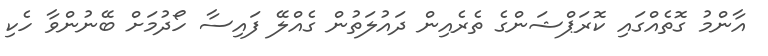
އާންމު ގޮތެއްގައި ކޮރަޕްޝަންގެ ތެރެއިން ދައުލަތުން ގެއްލޭ ފައިސާ ހޯދުމަށް ބޭނުންވާ ހެކި